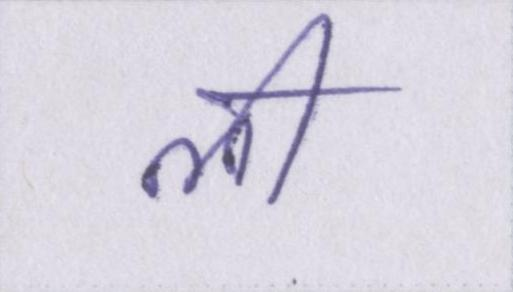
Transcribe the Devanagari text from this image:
ली।